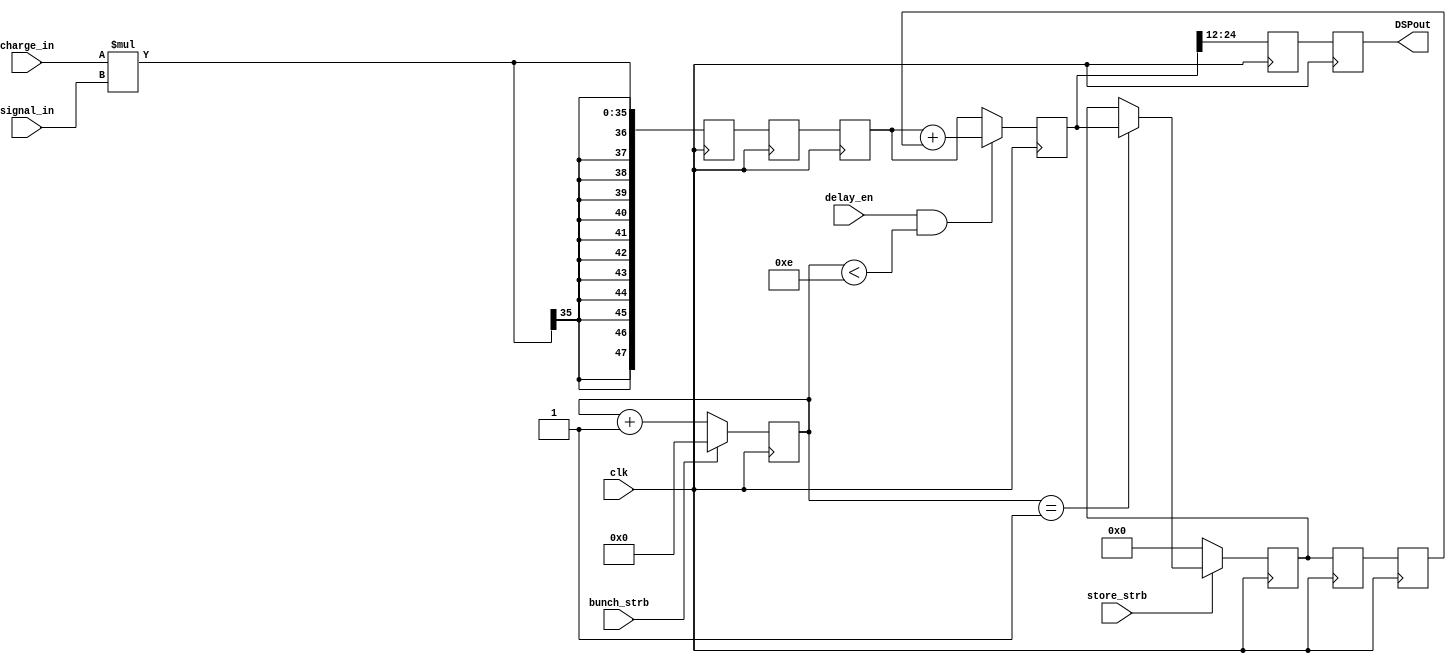
`timescale 1ns / 1ps
//////////////////////////////////////////////////////////////////////////////////
// Company: 
// Engineer: 
// 
// Design Name: 
// Module Name:    DSP48E_1 
// Project Name: 
// Target Devices: 
// Tool versions: 
// Description: 
//
// Dependencies: 
//
// Revision: 
// Revision 0.01 - File Created
// Additional Comments: 
//
//////////////////////////////////////////////////////////////////////////////////
module DSP48E_1(
			input signed [20:0] charge_in,
			input signed [14:0] signal_in,
			input delay_en,
			input clk,
			input store_strb,
			output reg [12:0] DSPout,
			input bunch_strb
    );


(* equivalent_register_removal = "no"*) reg [7:0] j;

reg signed [47:0]  DSPout_temp, DSPout_temp2,DSPout_temp4,DSPout_temp5;
reg signed [47:0] delayed =48'b0; 
reg signed [47:0] delayed_a =48'b0; 
reg signed [47:0] delayed_b =48'b0; 
reg signed [12:0] DSPout_temp6;
//reg signed [47:0] delayed_c =48'b0; 
initial DSPout=0;
//reg signed [20:0] charge_in_a;
//reg signed [14:0] signal_in_a;

always @ (posedge clk) begin
if (delay_en==1 & j<14) begin
//charge_in_a<=charge_in;
//signal_in_a<=signal_in;
DSPout_temp <= (charge_in*signal_in);
DSPout_temp2<=DSPout_temp;
DSPout_temp4<=DSPout_temp2;
DSPout_temp5<=DSPout_temp4+delayed;
DSPout_temp6 <= DSPout_temp5[24:12];
DSPout<=DSPout_temp6;

end
else begin
//charge_in_a<=charge_in;
//signal_in_a<=signal_in;
DSPout_temp <= (charge_in*signal_in);
DSPout_temp2<=DSPout_temp;
DSPout_temp4<=DSPout_temp2;
DSPout_temp5<=DSPout_temp4;
DSPout_temp6 <= DSPout_temp5[24:12];
DSPout<=DSPout_temp6;
end
end


// ***** Clk Counter after strobe *****
always @ (posedge clk) begin
//j<=j_a;
if (~bunch_strb) j<=j+1;
else j<=0;
end

always @ (posedge clk) begin
delayed<=delayed_a;
delayed_a<=delayed_b;
if (~store_strb) begin
delayed_b<=0;
end
else if (j==1) delayed_b<=DSPout_temp5;
else delayed_b<=delayed_b;
end

endmodule